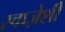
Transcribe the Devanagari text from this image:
स्वाज़ेर्शी